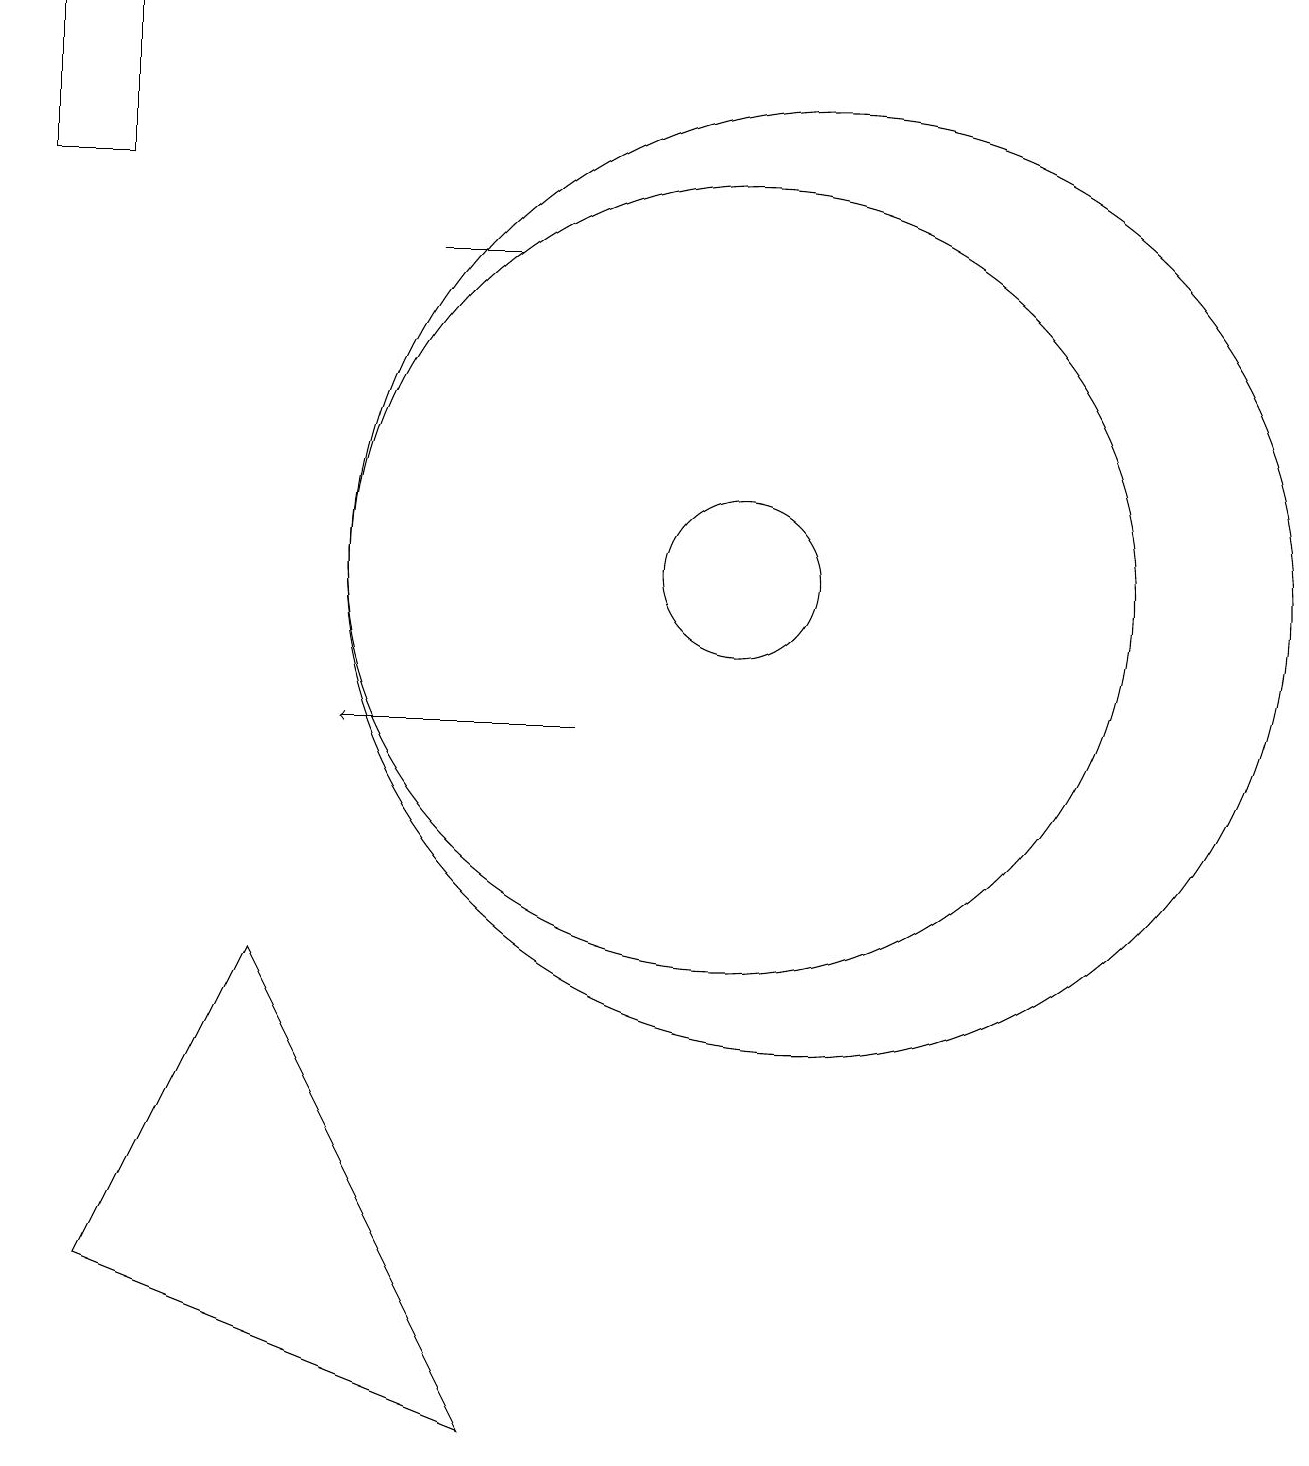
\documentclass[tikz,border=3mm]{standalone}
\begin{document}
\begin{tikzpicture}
\draw (6,16) rectangle (7,16);
\draw (10,12) circle (1);
\draw (2,3) -- (4,7) -- (7,1) -- cycle;
\draw (10,12) circle (5);
\draw (11,12) circle (6);
\draw (2,19) rectangle (1,17);
\draw[->] (8,10) -- (5,10);
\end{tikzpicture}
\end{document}